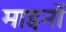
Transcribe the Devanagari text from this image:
माइनों